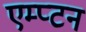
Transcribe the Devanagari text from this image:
एम्प्टन